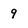
Character: 9